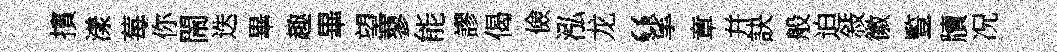
擯漾莓你閙迭畢趣畢望蓼能謬偈儉泓龙“挲章幷訣般迫敍徽䜿牘况